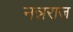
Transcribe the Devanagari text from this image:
नन्नराज